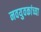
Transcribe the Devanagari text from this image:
नवयुवकांच्या